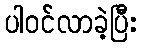
ပါဝင်လာခဲ့ပြီး